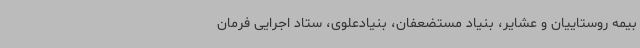
بیمه روستاییان و عشایر، بنیاد مستضعفان، بنیادعلوی، ستاد اجرایی فرمان